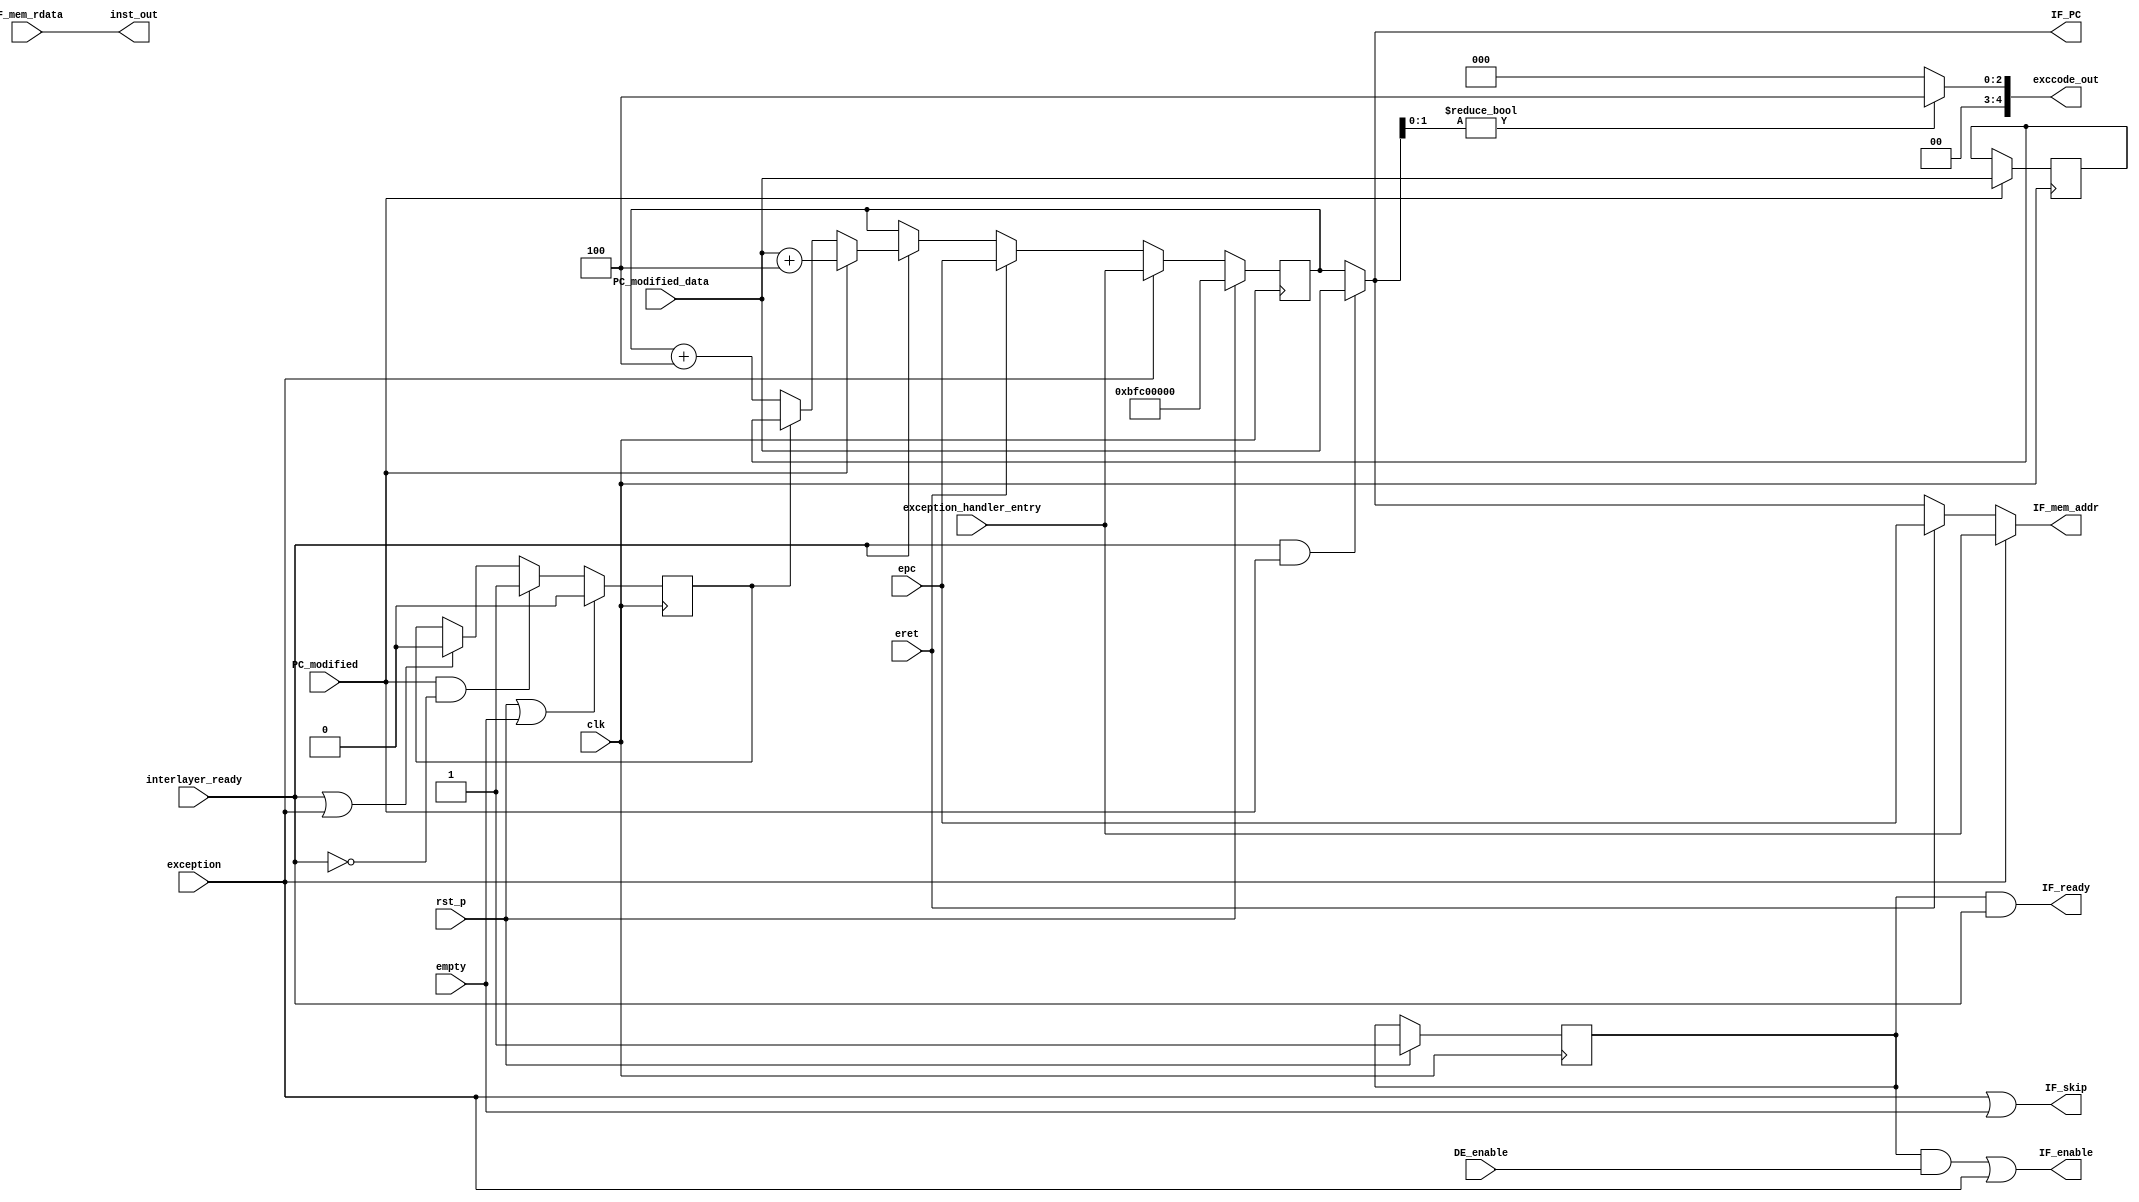
module IF(
    input clk,
    input rst_p,
    input empty,

    //pipeline signals
    input  interlayer_ready,
    output IF_enable,
    output IF_ready,
    input  DE_enable,

    //memory access signals
    output IF_skip,
    output [31 : 0] IF_mem_addr,
    input  [31 : 0] IF_mem_rdata,

    //interact with DE
    input  eret,
    input  PC_modified,
    input  [31 : 0] PC_modified_data,
    output [31 : 0] IF_PC,
    output [31 : 0] inst_out,

    output [4 : 0] exccode_out,

    //interact with exception
    input exception,
    input [31 : 0] exception_handler_entry,
    input [31 : 0] epc
);

reg valid;

always @(posedge clk)
begin
    if(rst_p) valid <= 1'd1;
    else ;
end

assign IF_enable = (valid && DE_enable) || exception;
assign IF_ready  = valid && interlayer_ready;

reg  [31 : 0] PC;

always @(posedge clk)
begin
    if(rst_p)                 PC <= 32'hbfc0_0000;
    else if(exception)        PC <= exception_handler_entry;
    else if(eret)             PC <= epc;
    else if(interlayer_ready) PC <= PC_modified   ? PC_modified_data + 32'd4 :
                                    PC_modified_r ? PC_modified_data_r       :
                                                    PC + 32'd4               ;
    else ;
end

reg PC_modified_r;
reg [31 : 0] PC_modified_data_r;

always @(posedge clk)
begin
    if(rst_p || empty)
        PC_modified_r <= 1'd0;
    else if(PC_modified && !interlayer_ready)
        PC_modified_r <= 1'd1;
    else if(interlayer_ready || exception)
        PC_modified_r <= 1'd0;
    else ;

    if(PC_modified)
        PC_modified_data_r <= PC_modified_data;
    else ;
end

assign IF_skip     = exception || empty;
assign IF_mem_addr = exception ? exception_handler_entry :
                     eret      ? epc :
                     interlayer_ready && PC_modified ? PC_modified_data :
                                 PC ;
assign inst_out    = IF_mem_rdata;

assign IF_PC = interlayer_ready && PC_modified ? PC_modified_data : PC;
assign exccode_out = (IF_PC[1:0] != 2'd0) ? 5'h04 : 5'h00; //AdEL

endmodule